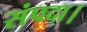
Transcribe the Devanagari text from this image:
संपदा।